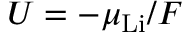
U = - \mu _ { \mathrm { L i } } / F